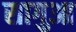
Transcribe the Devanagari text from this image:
सागुआ